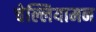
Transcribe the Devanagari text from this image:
चेल्लियामन